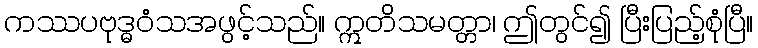
ကဿပဗုဒ္ဓဝံသအဖွင့်သည်။ ဣတိသမတ္တာ၊ ဤတွင်၍ ပြီးပြည့်စုံပြီ။